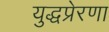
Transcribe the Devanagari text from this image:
युद्धप्रेरणा